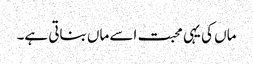
ماں کی یہی محبت اسے ماں بناتی ہے۔